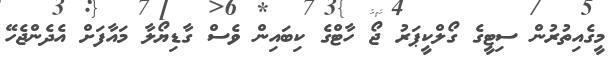
މީގެއިތުރުން ސިޓީގެ ގޯލްކީޕަރު ޖޯ ހާޓްގެ ކިބައިން ވެސް ގާޑިޔޯލާ މައާފަށް އެދެންޖެހޭ